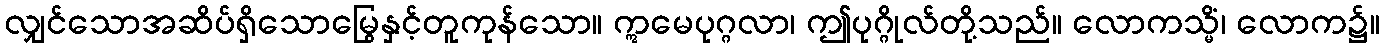
လျှင်သောအဆိပ်ရှိသောမြွေနှင့်တူကုန်သော။ ဣမေပုဂ္ဂလာ၊ ဤပုဂ္ဂိုလ်တို့သည်။ လောကသ္မိံ၊ လောက၌။